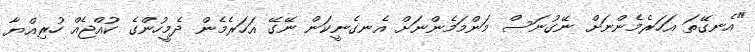
"އެނގޭތަ އަހަރެމެންނަށް ނޭގުނަސް މަންމަމެންނަށް އެނގެނީކަން ނޭގޭ އަހަރެމެން ދެމީހުންގެ ކުއްޖެއް ހުރިއްޔާ